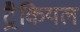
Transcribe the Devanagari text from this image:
ट्रैकियल